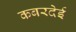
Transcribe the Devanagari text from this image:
कबरदेई